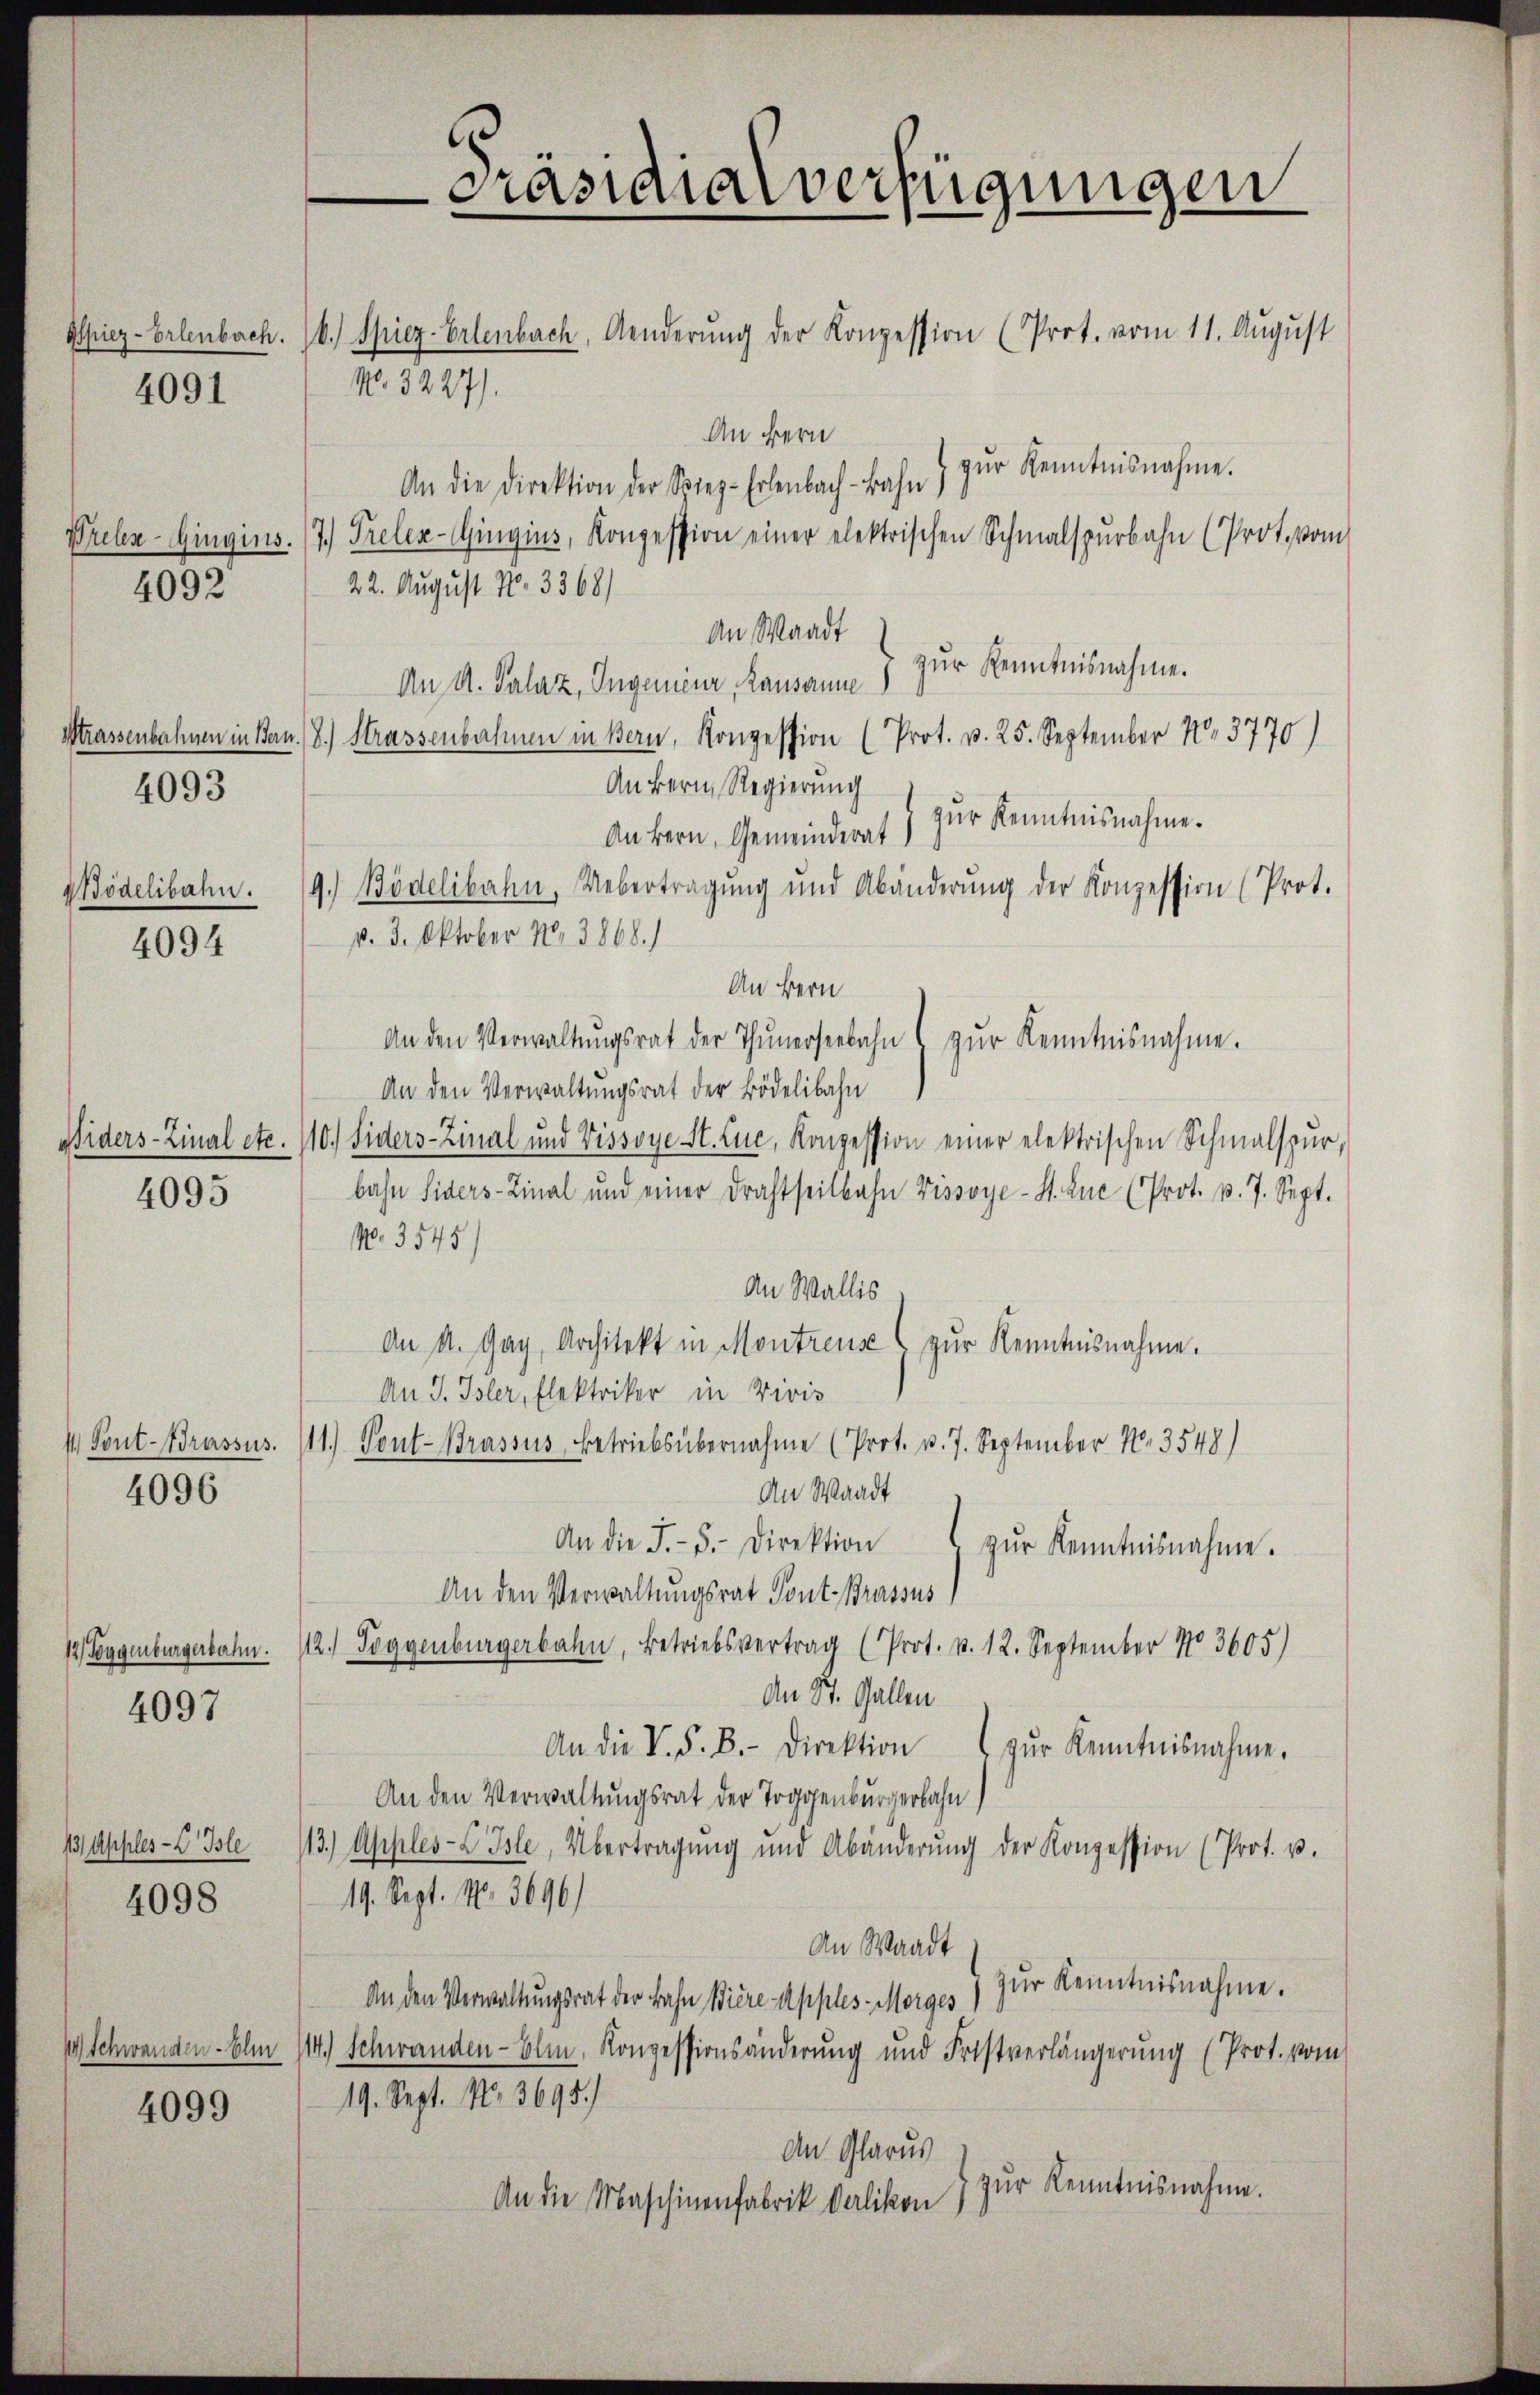
4091

Wreben-Gingins.
4092

Wtrassenbahnen in Bern.
4093

ödelibahn.

4094

4095

I Pont-Brassus.

4096

12) Toggenburgerbahn.

4097

13/ Apples-X Isle

4098

Schwanden Ehen

4099

Präsidialverfügungen

Spiez-Erlenbach. b. Spiez-Erlenbach, Aenderŭng der Konzession (Prot. vom 11. August
No. 3227).
An Bern
zur Kenntnisnahme.
An die Direktion der Soiez-Erlenbach-Bahn
7.) Prelen-Gingins, Konzession einer elektrischen Schmalspŭrbahn (Prot. vom
22. August No. 3368/
An Waadt
zŭr Kenntnisnahme.
An A. Salaz, Ingeneur, Rausanne)
8.) Strassenbahnen in Bern, Konzession (Prot. v. 25. September 13770)
An Bern Regierung
An kern, Gemeinderat) zŭr Kenntnisnahme.
9.) Bödelibahn, Uebertragung und Abänderŭng der Konzession (Prot.
p. 3. Oktober Nr. 3868.)
An Bern
An den Verwaltŭngsrat der Thunerseebahn u zŭr Kenntnisnahme.
An den Verwaltungsrat der Bödelibahn
Widers-Zinal etc. 110. Siders-Zinal und Vissoye St. Luc, Konzession einer elektrischen Schmalspur,
bahn Siders-Linal und einer Drahtseitbahn Vissoye-S. Luc (Prot. p. 7. Sept.
No. 3545)
An Wallis
An A. Gag, Architekt in Montrenz zur Kenntnisnahme.
An J. Isler, Elektriker in Vivis
11.) Pont-Brassus, Betriebsübernahme (Prot. u. 7. September N. 3548)
An Waadt
An die J.-5.- Direktion zŭr Kenntnisnahme.
An den Verwaltungsrat Pont-Brassus
2. Toggenburgerbahn, Betriebsvertrag (Prot. p. 12. September No 3605)
An St. Gallen
An die V. F. B. - Direktion zŭr Kenntnisnahme.
An den Verwaltungsrat der Toggenburgerbahn,
13.) Apples- u. Isle, Übertragŭng und Abänderŭng der Konzession (Prot. u.
19. Sept. N. 3696)
An Waadt
An den Verwaltungsrat der Bahn Biere Apples Morges 7 zur Kenntnisnahme.
14.) Schwanden-Olm, Konzessionsänderung und Fristverlängerŭng (Prot. vom
19. Sept. No 3695.)
An Glarus
zŭr Kenntnisnahme.
An die Maschinenfabrik Oerlikon)